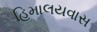
હિમાલયવાસ